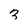
Character: 3